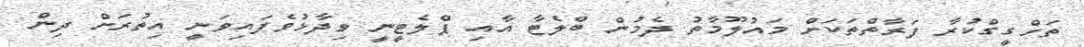
ތަހްގީގްކުރާ ފަރާތްތަކަށް މައުލޫމާތު ދެމުން ބްލެޓާ އާއި ޕްލެޓީނީ ވިދާޅުވެފައިވަނީ އިތުރަށް ދިން